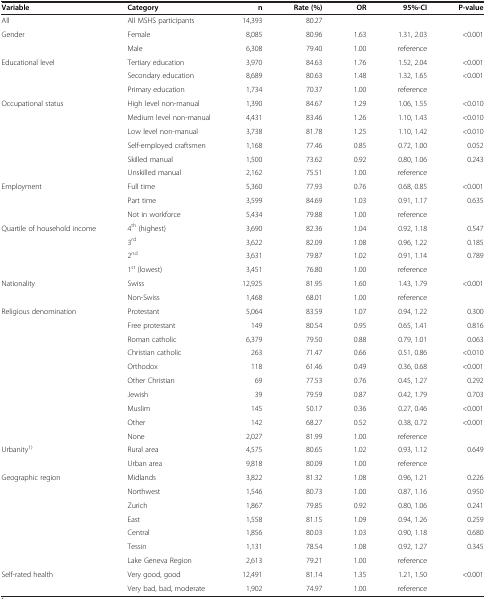
<table><thead><tr><td><b>Variable</b></td><td><b>Category</b></td><td><b>n</b></td><td><b>Rate (%)</b></td><td><b>OR</b></td><td><b>95%-CI</b></td><td><b>P-value</b></td></tr></thead><tbody><tr><td>All</td><td>All MSHS participants</td><td>14,393</td><td>80.27</td><td> </td><td> </td><td> </td></tr><tr><td rowspan="2">Gender</td><td>Female</td><td>8,085</td><td>80.96</td><td>1.63</td><td>1.31, 2.03</td><td>&lt;0.001</td></tr><tr><td>Male</td><td>6,308</td><td>79.40</td><td>1.00</td><td>reference</td><td> </td></tr><tr><td rowspan="3">Educational level</td><td>Tertiary education</td><td>3,970</td><td>84.63</td><td>1.76</td><td>1.52, 2.04</td><td>&lt;0.001</td></tr><tr><td>Secondary education</td><td>8,689</td><td>80.63</td><td>1.48</td><td>1.32, 1.65</td><td>&lt;0.001</td></tr><tr><td>Primary education</td><td>1,734</td><td>70.37</td><td>1.00</td><td>reference</td><td> </td></tr><tr><td rowspan="6">Occupational status</td><td>High level non-manual</td><td>1,390</td><td>84.67</td><td>1.29</td><td>1.06, 1.55</td><td>&lt;0.010</td></tr><tr><td>Medium level non-manual</td><td>4,431</td><td>83.46</td><td>1.26</td><td>1.10, 1.43</td><td>&lt;0.010</td></tr><tr><td>Low level non-manual</td><td>3,738</td><td>81.78</td><td>1.25</td><td>1.10, 1.42</td><td>&lt;0.010</td></tr><tr><td>Self-employed craftsmen</td><td>1,168</td><td>77.46</td><td>0.85</td><td>0.72, 1.00</td><td>0.052</td></tr><tr><td>Skilled manual</td><td>1,500</td><td>73.62</td><td>0.92</td><td>0.80, 1.06</td><td>0.243</td></tr><tr><td>Unskilled manual</td><td>2,162</td><td>75.51</td><td>1.00</td><td>reference</td><td> </td></tr><tr><td rowspan="3">Employment</td><td>Full time</td><td>5,360</td><td>77.93</td><td>0.76</td><td>0.68, 0.85</td><td>&lt;0.001</td></tr><tr><td>Part time</td><td>3,599</td><td>84.69</td><td>1.03</td><td>0.91, 1.17</td><td>0.635</td></tr><tr><td>Not in workforce</td><td>5,434</td><td>79.88</td><td>1.00</td><td>reference</td><td> </td></tr><tr><td rowspan="4">Quartile of household income</td><td>4<sup>th</sup> (highest)</td><td>3,690</td><td>82.36</td><td>1.04</td><td>0.92, 1.18</td><td>0.547</td></tr><tr><td>3<sup>rd</sup></td><td>3,622</td><td>82.09</td><td>1.08</td><td>0.96, 1.22</td><td>0.185</td></tr><tr><td>2<sup>nd</sup></td><td>3,631</td><td>79.87</td><td>1.02</td><td>0.91, 1.14</td><td>0.789</td></tr><tr><td>1<sup>st</sup> (lowest)</td><td>3,451</td><td>76.80</td><td>1.00</td><td>reference</td><td> </td></tr><tr><td rowspan="2">Nationality</td><td>Swiss</td><td>12,925</td><td>81.95</td><td>1.60</td><td>1.43, 1.79</td><td>&lt;0.001</td></tr><tr><td>Non-Swiss</td><td>1,468</td><td>68.01</td><td>1.00</td><td>reference</td><td> </td></tr><tr><td rowspan="10">Religious denomination</td><td>Protestant</td><td>5,064</td><td>83.59</td><td>1.07</td><td>0.94, 1.22</td><td>0.300</td></tr><tr><td>Free protestant</td><td>149</td><td>80.54</td><td>0.95</td><td>0.65, 1.41</td><td>0.816</td></tr><tr><td>Roman catholic</td><td>6,379</td><td>79.50</td><td>0.88</td><td>0.79, 1.01</td><td>0.063</td></tr><tr><td>Christian catholic</td><td>263</td><td>71.47</td><td>0.66</td><td>0.51, 0.86</td><td>&lt;0.010</td></tr><tr><td>Orthodox</td><td>118</td><td>61.46</td><td>0.49</td><td>0.36, 0.68</td><td>&lt;0.001</td></tr><tr><td>Other Christian</td><td>69</td><td>77.53</td><td>0.76</td><td>0.45, 1.27</td><td>0.292</td></tr><tr><td>Jewish</td><td>39</td><td>79.59</td><td>0.87</td><td>0.42, 1.79</td><td>0.703</td></tr><tr><td>Muslim</td><td>145</td><td>50.17</td><td>0.36</td><td>0.27, 0.46</td><td>&lt;0.001</td></tr><tr><td>Other</td><td>142</td><td>68.27</td><td>0.52</td><td>0.38, 0.72</td><td>&lt;0.001</td></tr><tr><td>None</td><td>2,027</td><td>81.99</td><td>1.00</td><td>reference</td><td> </td></tr><tr><td rowspan="2">Urbanity<sup>1)</sup></td><td>Rural area</td><td>4,575</td><td>80.65</td><td>1.02</td><td>0.93, 1.12</td><td>0.649</td></tr><tr><td>Urban area</td><td>9,818</td><td>80.09</td><td>1.00</td><td>reference</td><td> </td></tr><tr><td rowspan="7">Geographic region</td><td>Midlands</td><td>3,822</td><td>81.32</td><td>1.08</td><td>0.96, 1.21</td><td>0.226</td></tr><tr><td>Northwest</td><td>1,546</td><td>80.73</td><td>1.00</td><td>0.87, 1.16</td><td>0.950</td></tr><tr><td>Zurich</td><td>1,867</td><td>79.85</td><td>0.92</td><td>0.80, 1.06</td><td>0.241</td></tr><tr><td>East</td><td>1,558</td><td>81.15</td><td>1.09</td><td>0.94, 1.26</td><td>0.259</td></tr><tr><td>Central</td><td>1,856</td><td>80.03</td><td>1.03</td><td>0.90, 1.18</td><td>0.680</td></tr><tr><td>Tessin</td><td>1,131</td><td>78.54</td><td>1.08</td><td>0.92, 1.27</td><td>0.345</td></tr><tr><td>Lake Geneva Region</td><td>2,613</td><td>79.21</td><td>1.00</td><td>reference</td><td> </td></tr><tr><td>Self-rated health</td><td>Very good, good</td><td>12,491</td><td>81.14</td><td>1.35</td><td>1.21, 1.50</td><td>&lt;0.001</td></tr><tr><td> </td><td>Very bad, bad, moderate</td><td>1,902</td><td>74.97</td><td>1.00</td><td>reference</td><td> </td></tr></tbody></table>